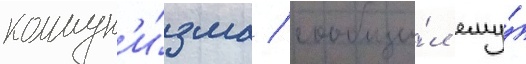
коммун'и́зма / сообщи́л ему́